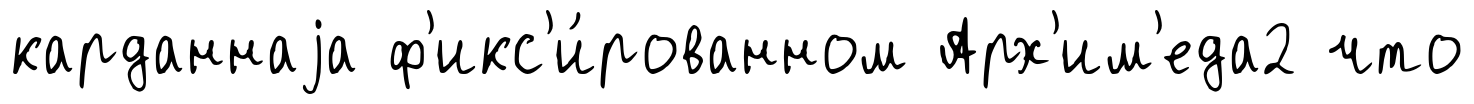
карданнаjа ф'икс'и́рованном Арх'им'еда2 что